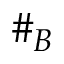
\# _ { B }